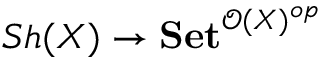
S h ( X ) \to \mathbf { S e t } ^ { { \mathcal { O } } ( X ) ^ { o p } }